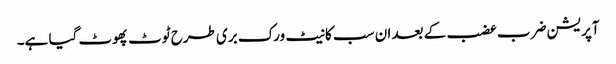
آپریشن ضرب عضب کے بعد ان سب کا نیٹ ورک بری طرح ٹوٹ پھوٹ گیا ہے۔